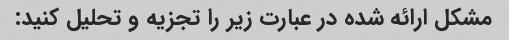
مشکل ارائه شده در عبارت زیر را تجزیه و تحلیل کنید: